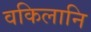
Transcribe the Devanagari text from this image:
वकिलानि